Indian journal of veterinary science and animal husbandry - Volumes 15-17, 1948-1951
Year: 1948
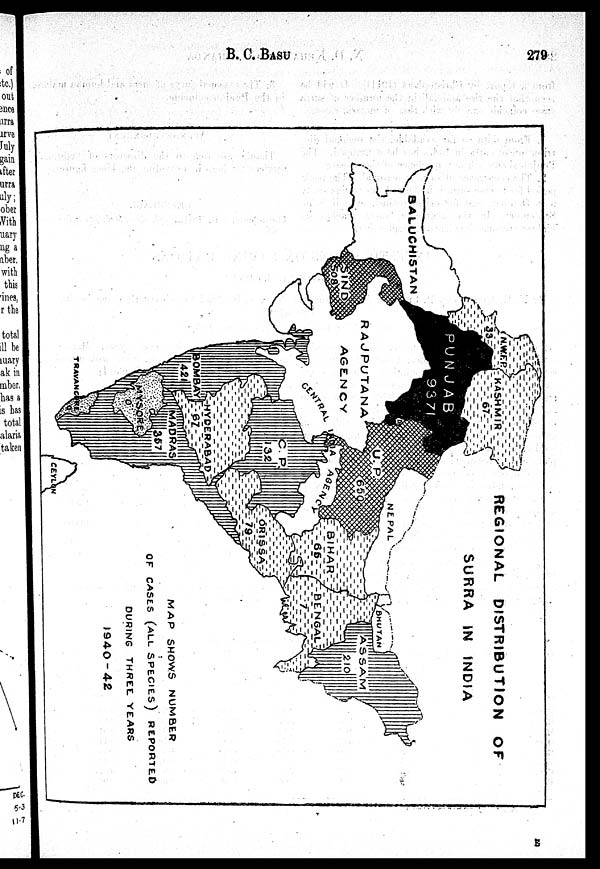
B.
C.
BASU
279
E